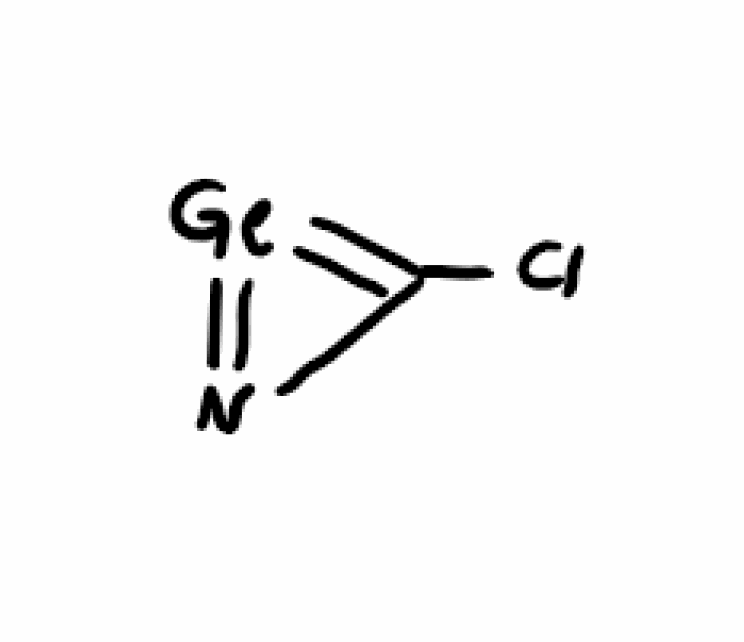
Simplified molecular-input line-entry system (SMILES) notation of the given molecule:
C1(=[Ge]=N1)Cl